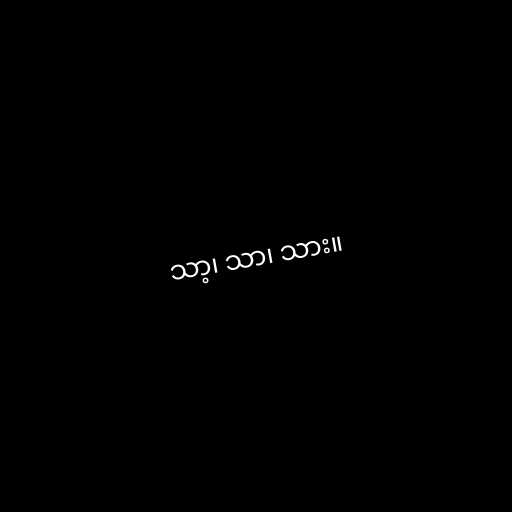
သာ့၊ သာ၊ သား။